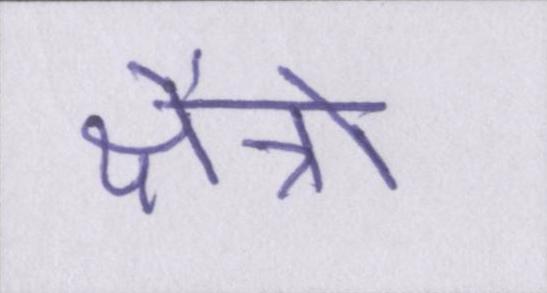
क्षैत्रो